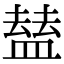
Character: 𥂊